Lunatic asylums Madras 1892-1911 - 1892-1911
Year: 1892
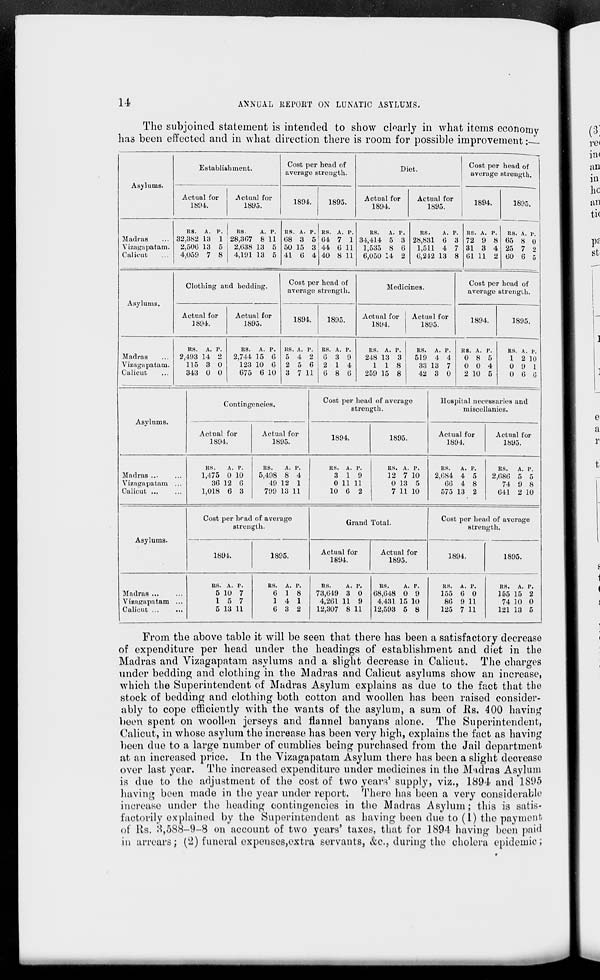
14
ANNUAL REPORT ON LUNATIC ASYLUMS.
The subjoined statement is intended to show clearly in what items economy
has been effected and in what direction there is room for possible improvement :-L
Asylums.
Establishment.
Actual for
1894.
Actual for
1S95.
Cost per head of
average strength.
189-1.
1895.
Diet.
Cost per head of
average strength.
Actual for
1894.
Actual for
1895.
1894.
189J
Madras
Vizagapatam.
Calicut
RS. A. P. |
RS.
A. P.
32,382 13 1 j 28,307 8 11
2,500 13 5
2,038 13 5
4,059 7 8
4,191 13 5
RS. A. P. RS. A. P.
08 3 5 04 7 1
50 15 3 44 0 11
41 0 4 40 8 11
RS.
A. p.
34,414 5 3
1,535 8 6
6,050 14 2
RS.
A. p.
RS. A. p.
28,831 0 3 72 9 8
1,511 4 7 31 3 4
0,212 13 8 01 11 2
RS. A. P,
65 8 0
25 7 2
00 6 5
Asylums.
Clothing and bedding.
Actual for
1894.
Actual for
1895.
Cost per head of
average strength.
1894.
189i
Medicines.
Actual for
1894.
Actual for
1895.
Cost per head of
average strength.
1894.
1801
Madras
Vizagapatam.
Calicut
ns. A. p.
2,493 14 o
115 3 0
343 0 0
RS.
A. P.
2,744 15 6
123 10 0
075 6 10
RS. A. P.
RS. A. P.
5 4 2 0 3 9
2 5 6 2 14
3 7 11 0 8 0
RS. A. p.
248 13 3
1 1 8
259 15 8
RS. A. p.
519 4 4
33 13 7
42 3 0
!S. A. p.
0 8 5
0 0 4
2 10 5
RS. A. P.
1 2 10
0 9 1
0 0 G
Asvlums.
Contingencies.
Actual for
1894.
Actual for
1895.
Cost per head of average
strength.
1894.
1895.
Hospital necessaries and
miscellanies.
Actual for
1894.
Actual for
1895.
Madras ...
Vizagapatam
Calicut ...
RS.
A. P.
1,475 0 10
36 12 0
1,018 6 3
RS.
A. P.
5,498 8 4
49 12 1
799 13 11
RS. A. P.
3 19
0 11 11
10 6 2
RS. A. P.
12 7 10
0 13 5
7 11 10
RS.
A. P.
2,084. 4 5
00 4 8
575 13 2
RS.
A. P.
2,080 5 5
74 9 8
041 2 10
Asylums.
Cost per head of average
strength.
1891.
1895.
Grand Total.
Actual for
1894.
Actual for
1895.
Cost per head of average
strength.
1894.
1S95.
Madras ...
Vizagapatam
Calicut ...
I
RS. A. P.
5 10 7
15 7
5 13 11
RS. A. P.
0 18
14 1
0 3 2
RS.
A. P.
73,019 3 0
4,201 11 9
12,307 8 11
RS.
A. P.
08,048 0 9
4,431 15 10
8
RS. A. P.
155 0 0
80 9 11
125 7 11
RS. A. P.
155 15 2
74 10 0
From the above table it will be seen that there has been a satisfactory decrease
of expenditure per head under the headings of establishment and diet in the
Madras and Vizagapatam asylums and a slight decrease in Calient. The charges
under bedding and clothing in the Madras and Calicut asylums show an increase,
which the Superintendent of Madras Asylum explains as due to the fact that the
stock of bedding and clothing both cotton and woollen has been raised consider-
ably to cope efficiently with the wants of the asylum, a sum of Hs. 400 having
been spent on woolhm jerseys and flannel banyans alone. The Superintendent,
Calicut, in whose asylum the increase has been very high, explains the fact as having
been due to a large number of cumblies being purchased from the Jail department
at an increased price. In the Vizagapatam Asylum there has been a slight decrease
over last year. The increased expenditure under medicines in the Madras Asylum
is due to the adjustment of the cost of two years' supply, viz., 1894 and 1895
having been made in the year under report. There has been a very considerable
increase under the heading contingencies in the Madras Asylum; this is satis-
factorily explained by the Superintendent as having been due to (1) the payment
of Rs. 3,588-9-8 on account of two years' taxes, that for 1894 having been paid
in arrears; (2) funeral expeuses,extra servants, &c, during the cholera epidemic;